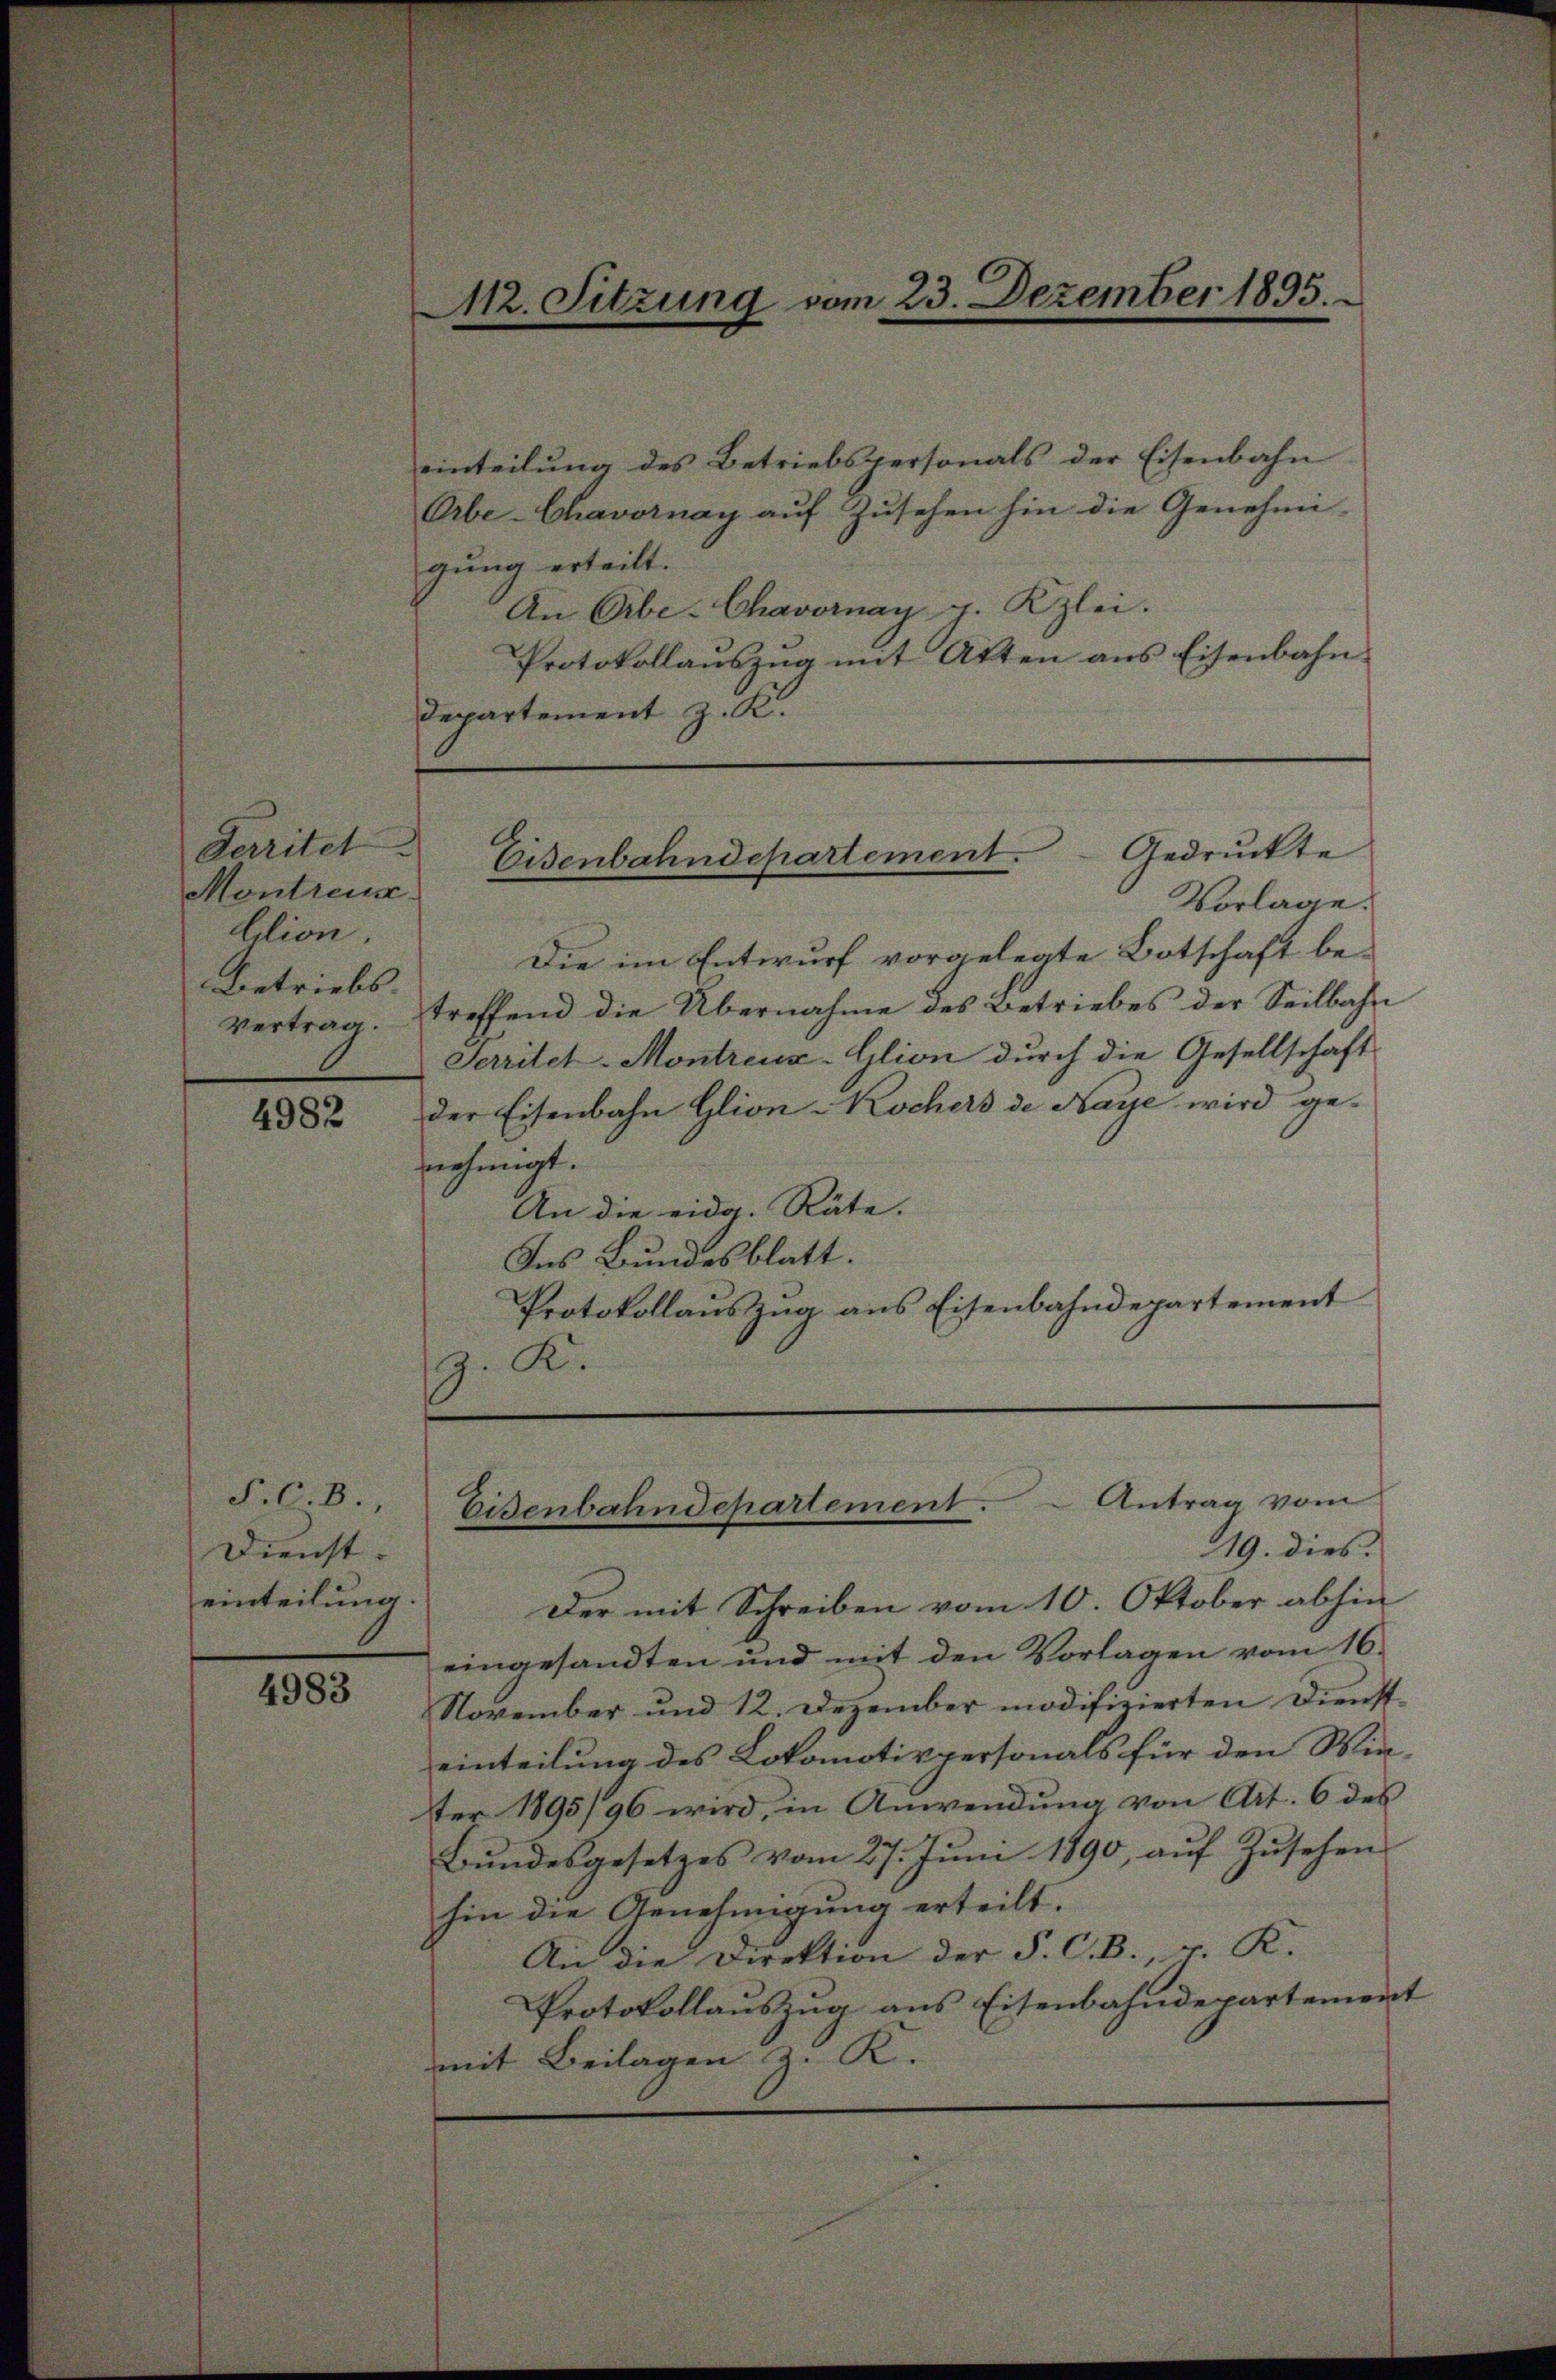
Perritel
Montreus
Alion.
Betriebs

4982

P.C.B.,
Dienst.
einteilung.

4983

einteilung des Betriebspersonals der Eisenbahn
Orbe-Chavornay aŭf Zŭsehen hin die Genehmi-
gung erteilt. |
An Oibe-Chavornay g. Kzlei.
Protokollauszug mit Atten aus Eisenbahn¬
Departement z. K.

112. Sitzung vom 23. Dezember 1895.

Eisenbahndepartement. Gedruckte
Vorlage.

Die im Entwurf vorgelegte Botschaft bevertrag. treffend die Übernahme des Betriebes der Seilbahn
Serritet-Montreux-Glion durch die Gesellschaft
der Eisenbahn Glion Kochers de Naye wird ge-
nehmigt.
An die eidg. Räte.
Ins Bundesblatt.
Protokollauszug aus Eisenbahndepartement
. K.

Eisenbahndchartement. Antrag vom
119. dies

Der mit Schreiben vom 10. Oktober abhin
eingesandten und mit den Vorlagen vom 16.
November und 12. Dezember modifizierten Dienst-
einteilung des Lokomotivpersonals für den Winter 1895/96 wird, in Anwendŭng von Art. 6 des
Bŭndesgesetzes vom 27. Jŭni 1890, aŭf Zŭsehens
hin die Genehmigung erteilt.
An die Direktion der P. C. B., v. K.
Protokollauszug aus Eisenbahndepartement
mit Beilagen K.